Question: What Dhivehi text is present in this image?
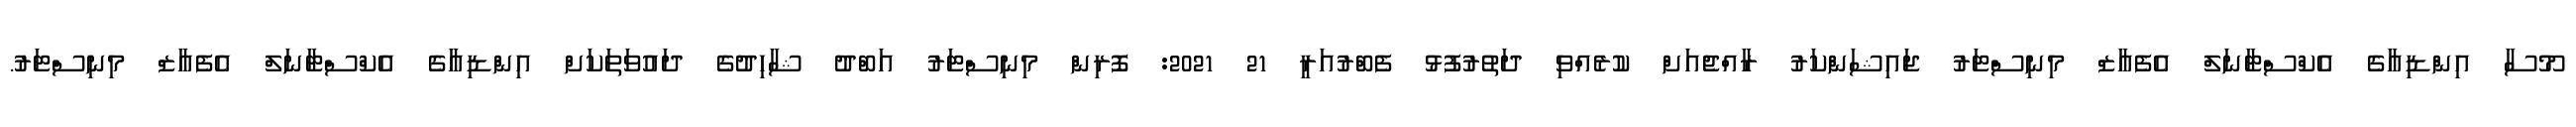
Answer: މޫސާ އިންޑިއާގެ އެކްސްޓާނަލް އެފެއާޒް މިނިސްޓަރު ޖައިޝަންކަރު ރާއްޖެއަށް ކުރެއްވި ދަތުރުފުޅު ފެބްރުއަރީ 21 2021: ފޮރިން މިނިސްޓަރު އަބްދު ޝާހިދުގެ ދައުވަތަކަށް އިންޑިއާގެ އެކްސްޓާނަލް އެފެއާޒް މިނިސްޓަރު.